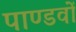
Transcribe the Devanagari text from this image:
पाण्डवाें